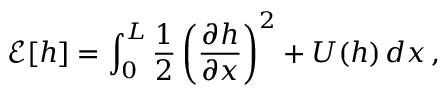
\mathcal { E } [ h ] = \int _ { 0 } ^ { L } \frac { 1 } { 2 } \left( { \frac { \partial h } { \partial x } } \right) ^ { 2 } + U ( h ) \, d x \, ,